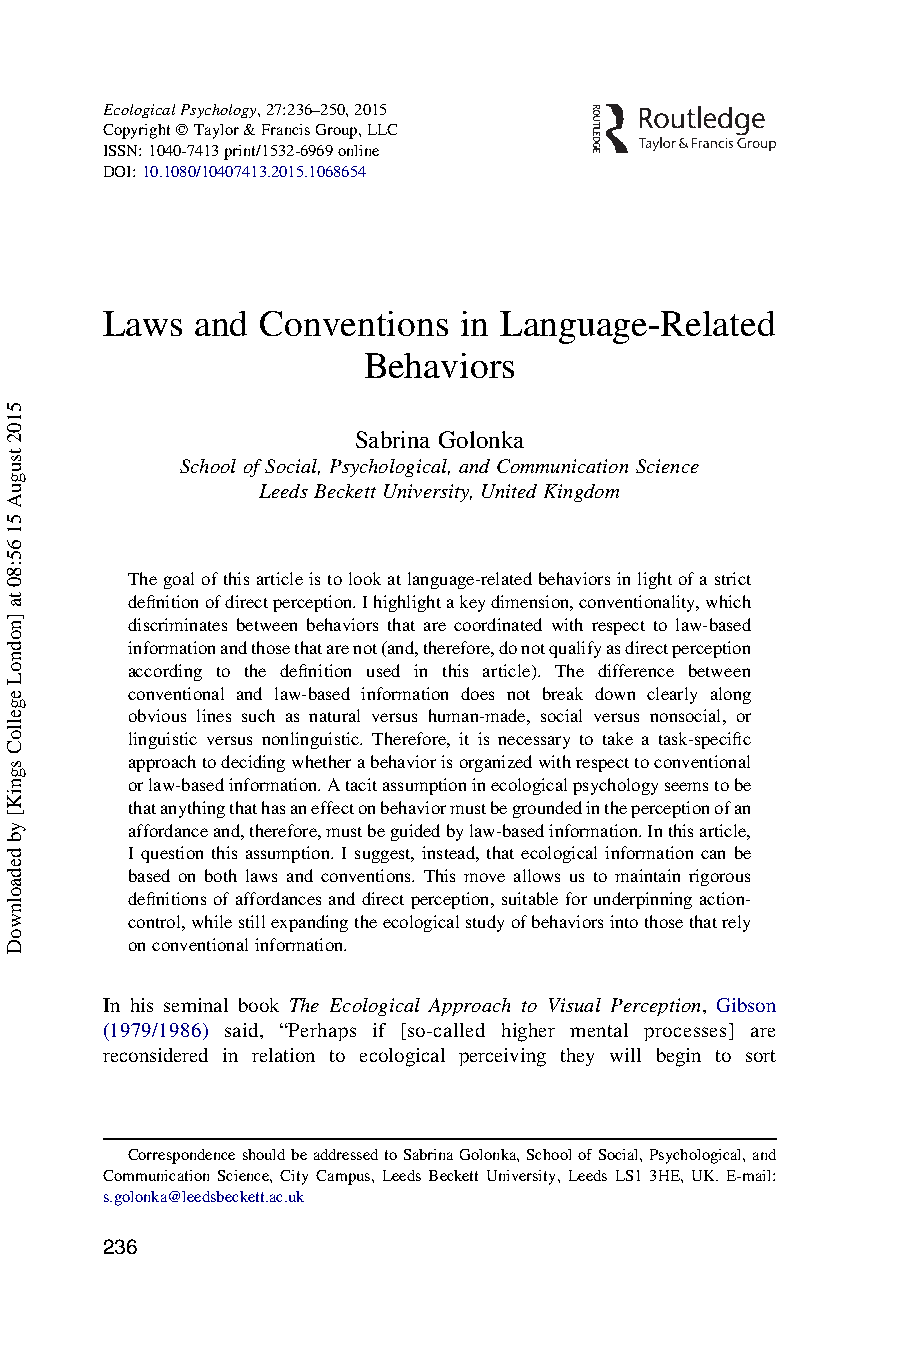
EcologicalPsychology,27:236–250,2015
 CopyrightqTaylor&FrancisGroup,LLC
 ISSN:1040-7413print/1532-6969online
 DOI:10.1080/10407413.2015.1068654
 Laws  and Conventions  in Language-Related
 Behaviors
 Sabrina Golonka
 School of Social, Psychological,and Communication Science
 Leeds Beckett University, United Kingdom
 Thegoalofthisarticleistolookatlanguage-relatedbehaviorsinlightofastrict
 definitionofdirectperception.Ihighlightakeydimension,conventionality,which
 discriminates between behaviors that are coordinated with respect to law-based
 informationandthosethatarenot(and,therefore,donotqualifyasdirectperception
 according to the definition used in this article). The difference between
 conventional and law-based information does not break down clearly along
 obvious lines such as natural versus human-made, social versus nonsocial, or
 linguistic versus nonlinguistic. Therefore, it is necessary to take a task-specific
 approachtodecidingwhetherabehaviorisorganizedwithrespecttoconventional
 orlaw-basedinformation.Atacitassumptioninecologicalpsychologyseemstobe
 thatanythingthathasaneffectonbehaviormustbegroundedintheperceptionofan
 affordanceand,therefore,mustbeguidedbylaw-basedinformation.Inthisarticle,
 I question this assumption. I suggest, instead, that ecological information can be
 based on both laws and conventions. This move allows us to maintain rigorous
 definitionsofaffordancesanddirectperception,suitableforunderpinningaction-
 control,whilestillexpandingtheecologicalstudyofbehaviorsintothosethatrely
 onconventionalinformation.
 In his seminal book The Ecological Approach to Visual Perception, Gibson
 (1979/1986) said, “Perhaps if [so-called higher mental processes] are
 reconsidered in relation to ecological perceiving they will begin to sort
 CorrespondenceshouldbeaddressedtoSabrinaGolonka,SchoolofSocial,Psychological,and
 Communication Science, City Campus, Leeds Beckett University, Leeds LS1 3HE, UK. E-mail:
 s.golonka@leedsbeckett.ac.uk
 236
 5102
 tsuguA
 51
 65:80
 ta
 ]nodnoL
 egelloC
 sgniK[
 yb
 dedaolnwoD